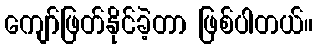
ကျော်ဖြတ်နိုင်ခဲ့တာ ဖြစ်ပါတယ်။